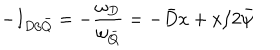
LaTeX: - I _ { D / \bar { Q } } = - \frac { \omega _ { D } } { \omega _ { \bar { Q } } } = - \bar { D } x + x / 2 \bar { \psi }